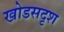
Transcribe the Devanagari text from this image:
खोडसदृश